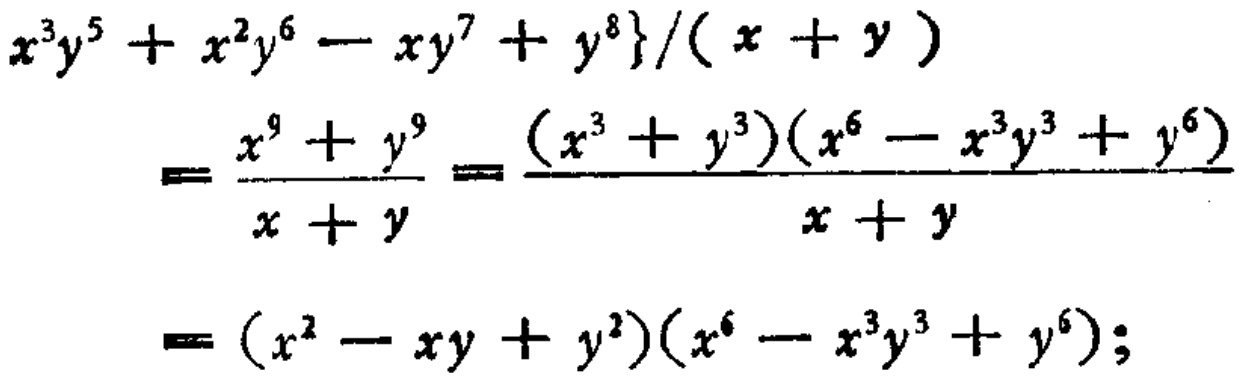
\[

\begin{align*}

&\{x^{3}y^{5}+x^{2}y^{6}-xy^{7}+y^{8}\}/(x + y)\\

=&\frac{x^{9}+y^{9}}{x + y}=\frac{(x^{3}+y^{3})(x^{6}-x^{3}y^{3}+y^{6})}{x + y}\\

=&(x^{2}-xy + y^{2})(x^{6}-x^{3}y^{3}+y^{6});

\end{align*}

\]